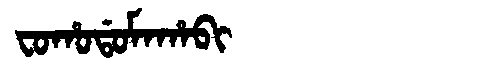
Manchu: ᠸᠣᡥᠣᡩᠣᠮᠠᡥᠠᠪᡳ
Romanization: FOHODOMAHABI